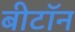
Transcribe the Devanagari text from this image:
बीटॉन